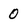
Character: 0